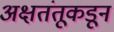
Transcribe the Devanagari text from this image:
अक्षतंतूकडून